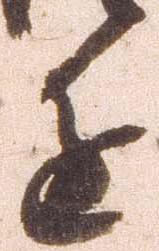
進